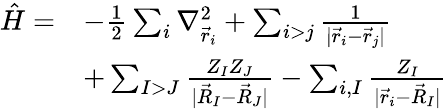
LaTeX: \begin{array}{rl}{\hat{H}=}&{-\frac{1}{2}\sum_{i}\nabla_{\vec{r}_{i}}^{2}+\sum_{i>j}\frac{1}{|{\vec{r}_{i}-\vec{r}_{j}}|}}\\ &{+\sum_{I>J}\frac{Z_{I}Z_{J}}{|{\vec{R}_{I}-\vec{R}_{J}}|}-\sum_{i,I}\frac{Z_{I}}{|{\vec{r}_{i}-\vec{R}_{I}}|}}\end{array}